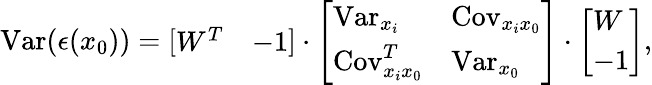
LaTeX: \operatorname{Var}(\epsilon(x_{0}))={\left[\begin{array}{ll}{W^{T}}&{-1}\end{array}\right]}\cdot{\left[\begin{array}{ll}{\operatorname{Var}_{x_{i}}}&{\operatorname{Cov}_{x_{i}x_{0}}}\\ {\operatorname{Cov}_{x_{i}x_{0}}^{T}}&{\operatorname{Var}_{x_{0}}}\end{array}\right]}\cdot{\left[\begin{array}{l}{W}\\ {-1}\end{array}\right]},